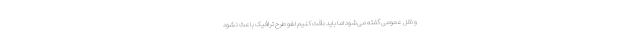
و نقل عمومی گفته می‌شود اما باید دقت کنیم لغو طرح ترافیک باعث نشود